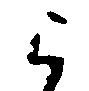
被